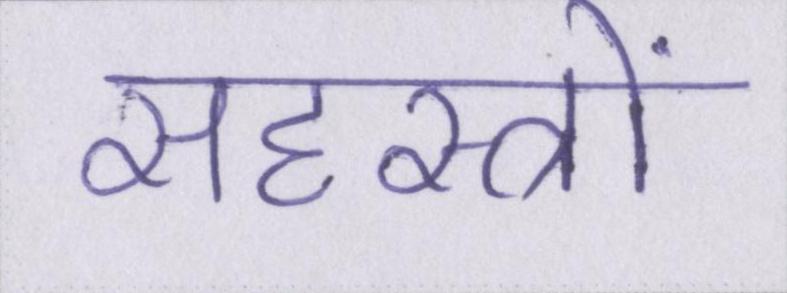
सहस्त्रों